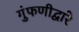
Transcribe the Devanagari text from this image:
गुंफणीद्वारे